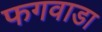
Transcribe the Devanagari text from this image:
फगवाडा